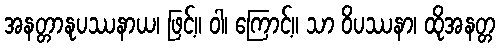
အနတ္တာနုပဿနာယ၊ ဖြင့်။ ဝါ၊ ကြောင့်။ သာ ဝိပဿနာ၊ ထိုအနတ္တ